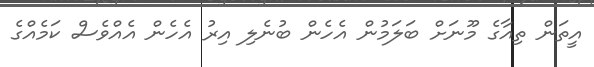
އީތަން ތިއާގެ މޫނަށް ބަލަމުން އެހެން ބުނެލި އިރު އެހެން އެއްވެސް ކަމެއްގެ